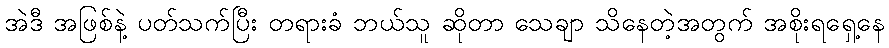
အဲဒီ အဖြစ်နဲ့ ပတ်သက်ပြီး တရားခံ ဘယ်သူ ဆိုတာ သေချာ သိနေတဲ့အတွက် အစိုးရရှေ့နေ